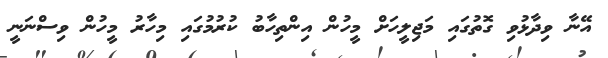
އޭނާ ވިދާޅުވި ގޮތުގައި މަޖިލީހަށް މީހުން އިންތިހާބު ކުރުމުގައި މިހާރު މީހުން ވިސްނަނީ